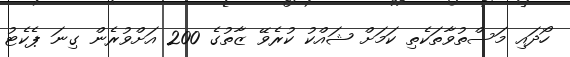
ހޯދައި މަސްތުވާތަކެތި ކަމަށް ޝައްކު ކުރެވޭ ޒާތުގެ 200 އަށްވުރެން ގިނަ ޕެކެޓު